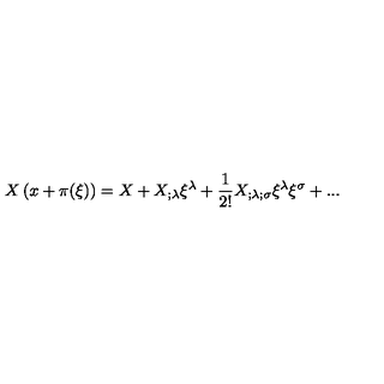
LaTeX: X \left( x + \pi ( \xi ) \right) = X + X _ { ; \lambda } \xi ^ { \lambda } + { \frac { 1 } { 2 ! } } X _ { ; \lambda ; \sigma } \xi ^ { \lambda } \xi ^ { \sigma } + . . .